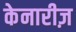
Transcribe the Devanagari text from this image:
केनारीज़